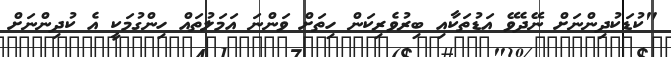
"ކުޑަކުދިންނަށް ނޭދެވޭ އަޑުތަކާއި ބިރުވެރިކަން ހިތަށް ވަންނަ އަމަލުތައް ހިންގުމަކީ އެ ކުދިންނަށް